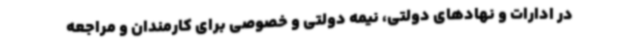
در ادارات و نهادهای دولتی، نیمه دولتی و خصوصی برای کارمندان و مراجعه